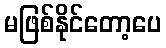
မဖြစ်နိုင်တော့ပေ